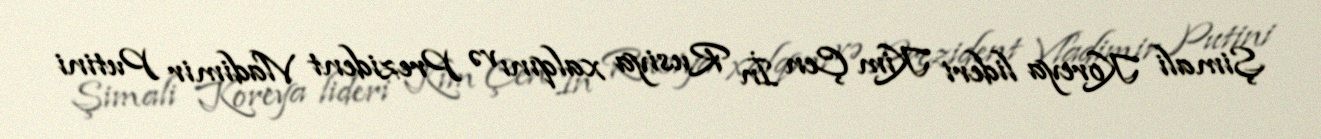
Şimali Koreya lideri Kim Çen İn Rusiya xalqını və Prezident Vladimir Putini